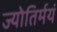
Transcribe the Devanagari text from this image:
ज्योतिर्मयं